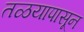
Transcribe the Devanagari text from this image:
तळयापासून